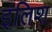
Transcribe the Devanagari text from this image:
इंलिश